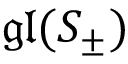
{ \mathfrak { g l } } ( S _ { \pm } )